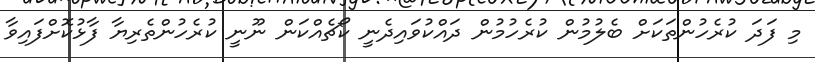
މި ފަދަ ކުރެހުންތަކަށް ބެލުމުން ކުރެހުމުން ދައްކުވައިދެނީ ކޯޗެއްކަން ނޫނީ ކުރެހުންތެރިޔާ ފާޅުކޮށްފައިވާ